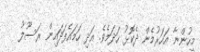
މީހުންނާ އަހަރުމެން ދެކޮޅު ހަދަމެވެ. އަދި ހަމައެފަދައިން ރަސޫލު